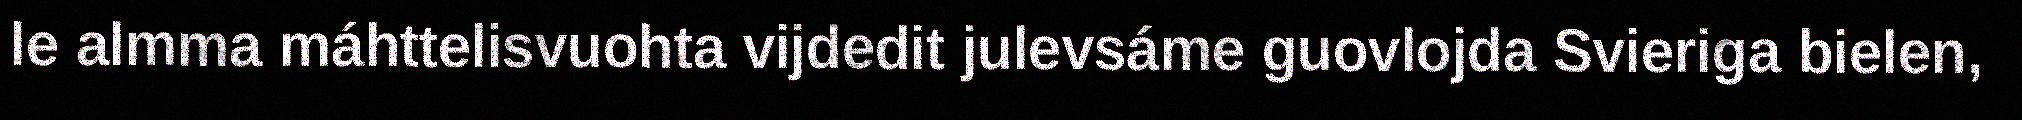
le almma máhttelisvuohta vijdedit julevsáme guovlojda Svieriga bielen,